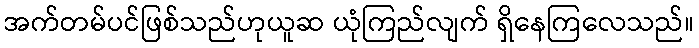
အက်တမ်ပင်ဖြစ်သည်ဟုယူဆ ယုံကြည်လျက် ရှိနေကြလေသည်။